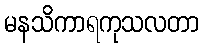
မနသိကာရကုသလတာ